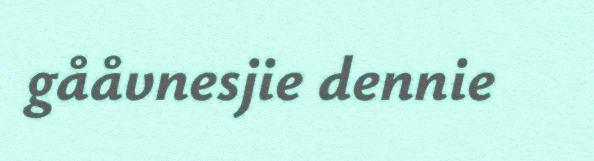
gååvnesjie dennie